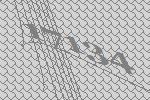
17134